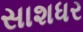
સાશધર